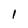
Character: 1